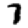
Digit: 7